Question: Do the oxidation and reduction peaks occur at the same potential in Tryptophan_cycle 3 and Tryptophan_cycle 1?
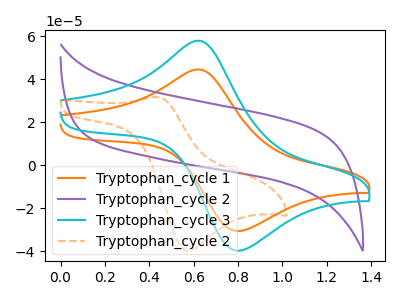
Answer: <think>The orange curve "Tryptophan_cycle 1" has an anodic peak at (0.60V, 44.60uA) and a cathodic peak at (0.80V, -30.50uA). The purple curve "Tryptophan_cycle 2" has no peaks. The cyan curve "Tryptophan_cycle 3" has an anodic peak at (0.60V, 57.95uA) and a cathodic peak at (0.80V, -39.65uA). The orange dashed curve "Tryptophan_cycle 2" has an anodic peak at (0.45V, 31.70uA) and a cathodic peak at (0.55V, -39.80uA).</think>
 <answer>Yes, "Tryptophan_cycle 3" have a peak in "Tryptophan_cycle 1" at the same potential.</answer>
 <eval>match</eval>